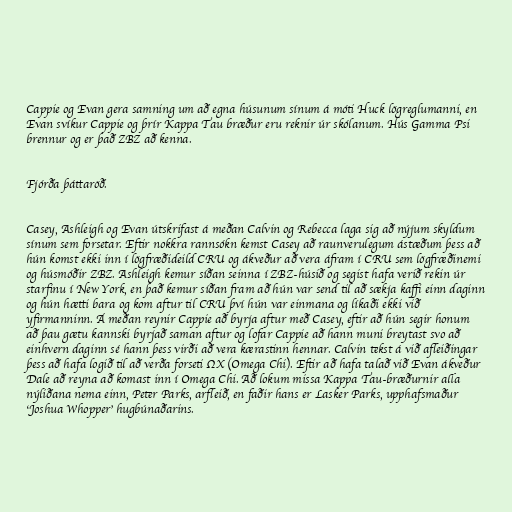
Cappie og Evan gera samning um að egna húsunum sínum á móti Huck lögreglumanni, en
Evan svíkur Cappie og þrír Kappa Tau bræður eru reknir úr skólanum. Hús Gamma Psi
brennur og er það ZBZ að kenna.

Fjórða þáttaröð.

Casey, Ashleigh og Evan útskrifast á meðan Calvin og Rebecca laga sig að nýjum skyldum
sínum sem forsetar. Eftir nokkra rannsókn kemst Casey að raunverulegum ástæðum þess að
hún komst ekki inn í lögfræðideild CRU og ákveður að vera áfram í CRU sem lögfræðinemi
og húsmóðir ZBZ. Ashleigh kemur síðan seinna í ZBZ-húsið og segist hafa verið rekin úr
starfinu í New York, en það kemur síðan fram að hún var send til að sækja kaffi einn daginn
og hún hætti bara og kom aftur til CRU því hún var einmana og líkaði ekki við
yfirmanninn. Á meðan reynir Cappie að byrja aftur með Casey, eftir að hún segir honum
að þau gætu kannski byrjað saman aftur og lofar Cappie að hann muni breytast svo að
einhvern daginn sé hann þess virði að vera kærastinn hennar. Calvin tekst á við afleiðingar
þess að hafa logið til að verða forseti ΩX (Omega Chi). Eftir að hafa talað við Evan ákveður
Dale að reyna að komast inn í Omega Chi. Að lokum missa Kappa Tau-bræðurnir alla
nýliðana nema einn, Peter Parks, arfleið, en faðir hans er Lasker Parks, upphafsmaður
'Joshua Whopper' hugbúnaðarins.